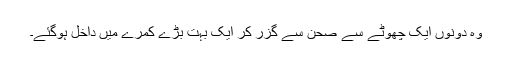
وہ دونوں ایک چھوٹے سے صحن سے گزر کر ایک بہت بڑے کمرے میں داخل ہوگئے۔